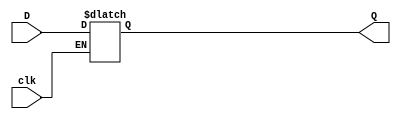
module D_latch(input clk,
               input D,
               output reg Q);
always @ (clk or D)
  begin
    if (clk)
      begin
        Q <= D;
      end
  end
endmodule